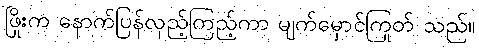
ဖြိုးက နောက်ပြန်လှည့်ကြည့်ကာ မျက်မှောင်ကြုတ် သည်။